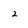
Character: 2